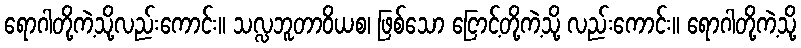
ရောဂါတို့ကဲ့သို့လည်းကောင်း။ သလ္လဘူတာဝိယစ၊ ဖြစ်သော ငြောင့်တို့ကဲ့သို့ လည်းကောင်း။ ရောဂါတို့ကဲ့သို့